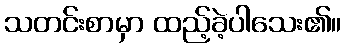
သတင်းစာမှာ ထည့်ခဲ့ပါသေး၏။